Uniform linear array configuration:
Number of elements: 32
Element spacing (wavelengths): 0.5
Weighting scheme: uniform
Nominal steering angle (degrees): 60
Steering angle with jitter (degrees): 61.639
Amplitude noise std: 0.05
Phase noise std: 0.05

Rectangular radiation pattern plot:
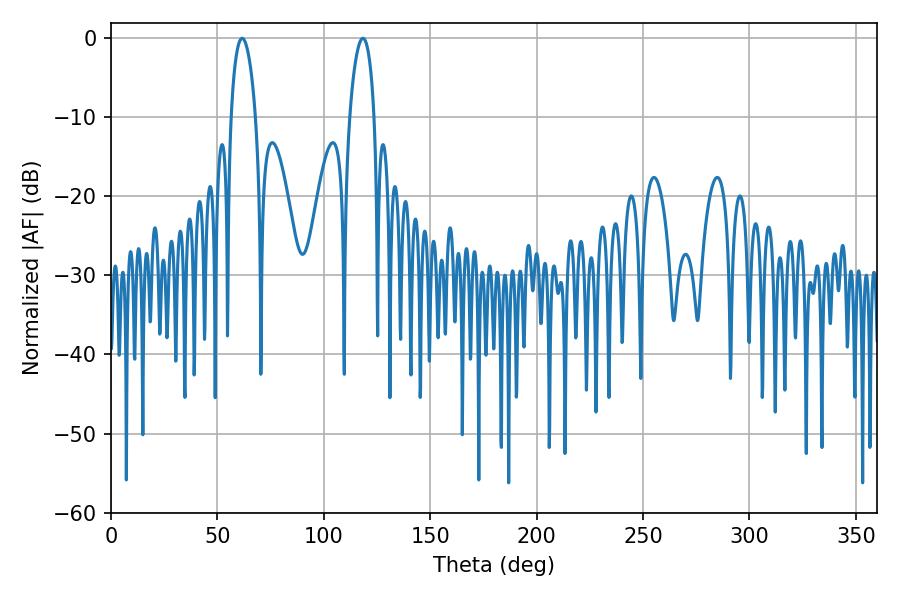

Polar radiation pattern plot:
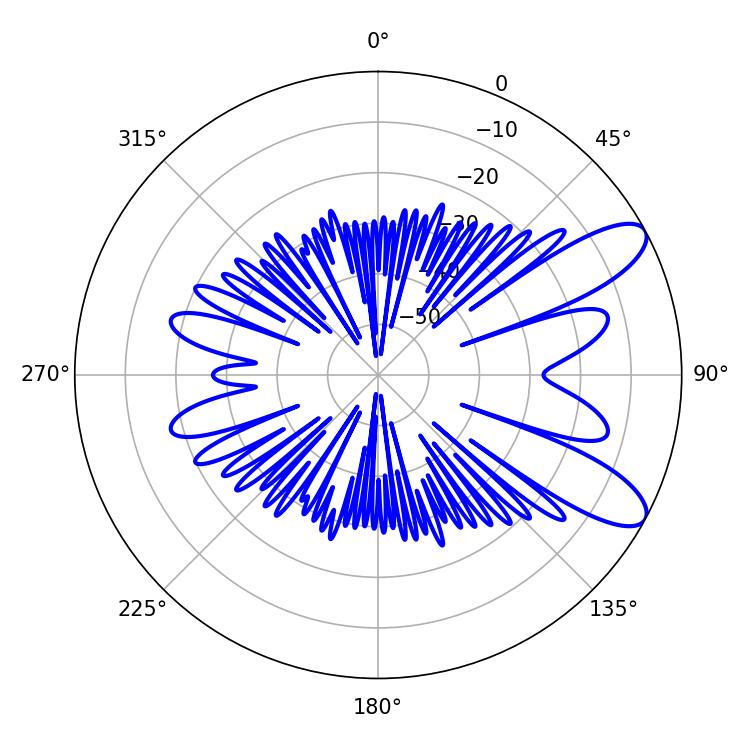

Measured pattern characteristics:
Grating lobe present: FALSE
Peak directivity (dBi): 9.505
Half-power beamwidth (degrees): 6.66
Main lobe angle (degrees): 61.56